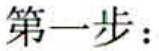
第一步：